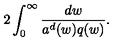
2 \int _ { 0 } ^ { \infty } \frac { d w } { a ^ { d } ( w ) q ( w ) } .